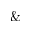
\&